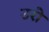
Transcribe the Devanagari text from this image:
उरो